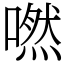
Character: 嘫